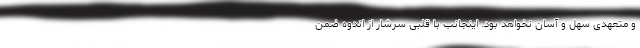
و متعهدی سهل و آسان نخواهد بود. اینجانب با قلبی سرشار از اندوه ضمن